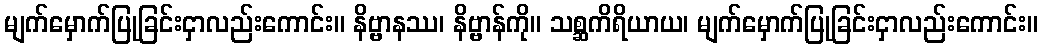
မျက်မှောက်ပြုခြင်းငှာလည်းကောင်း။ နိဗ္ဗာနဿ၊ နိဗ္ဗာန်ကို။ သစ္ဆကိရိယာယ၊ မျက်မှောက်ပြုခြင်းငှာလည်းကောင်း။